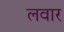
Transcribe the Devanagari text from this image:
लवार